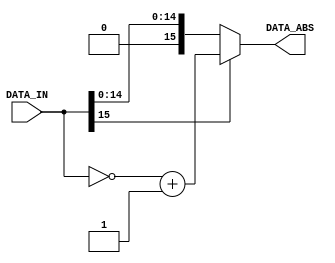
module FxP_ABS_Function
#(
	parameter DATA_WIDTH = 16
)
(
	input   [DATA_WIDTH-1:0] DATA_IN,
	output  [DATA_WIDTH-1:0] DATA_ABS
);
	assign DATA_ABS = DATA_IN[DATA_WIDTH-1] ? ~DATA_IN + 1'b1 : DATA_IN;
endmodule